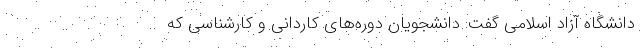
دانشگاه آزاد اسلامی گفت: دانشجویان دوره‌های کاردانی و کارشناسی که